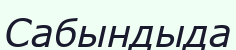
Сабындыда